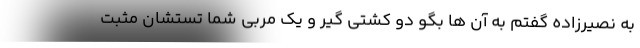
به نصیرزاده گفتم به آن ها بگو دو کشتی گیر و یک مربی شما تستشان مثبت